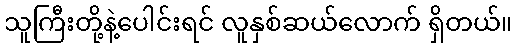
သူကြီးတို့နဲ့ပေါင်းရင် လူနှစ်ဆယ်လောက် ရှိတယ်။